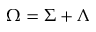
\Omega = \Sigma + \Lambda